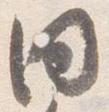
同